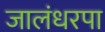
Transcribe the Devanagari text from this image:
जालंधरपा